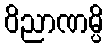
ဝိညာဏမ္ပိ